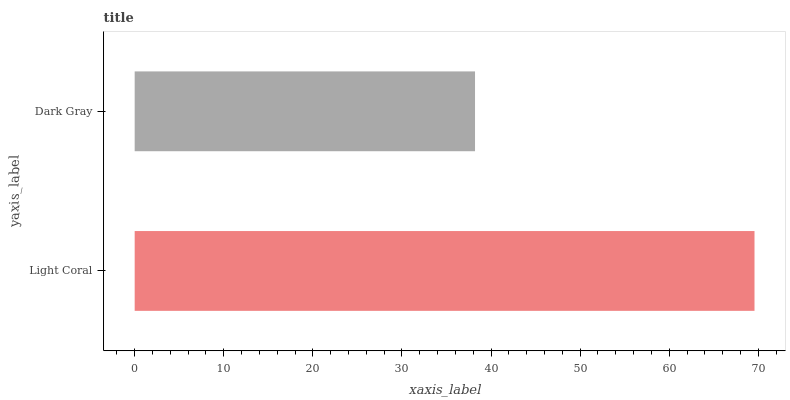
| yaxis_label | bars |
 | --- | --- |
 | Light Coral | 69.6 |
 | Dark Gray | 38.2 |